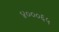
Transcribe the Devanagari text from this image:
४०००६५